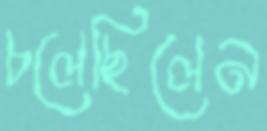
চলেছিলেন